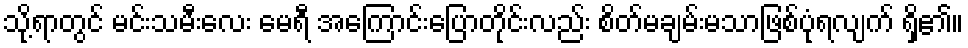
သို့ရာတွင် မင်းသမီးလေး မေရီ အကြောင်းပြောတိုင်းလည်း စိတ်မချမ်းမသာဖြစ်ပုံရလျက် ရှိ၏။